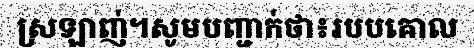
ស្រឡាញ់។សូមបញ្ជាក់ថា៖របបគោល